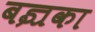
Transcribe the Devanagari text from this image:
बज्रका